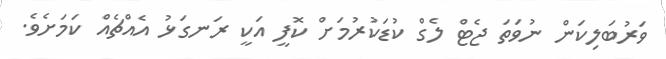
ވަރުބަލިކަން ނުވަތަ ޖެޓް ލެގް ކުޑަކުރުމަށް ކޮފީ އަކީ ރަނގަޅު އެއްޗެއް ކަމަށެވެ.